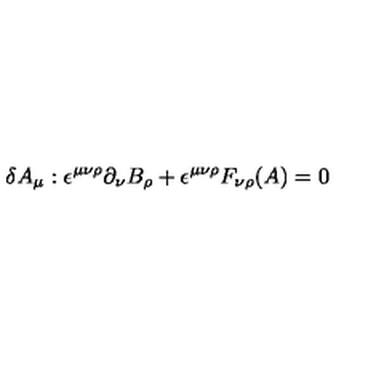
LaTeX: \delta A _ { \mu } : \epsilon ^ { \mu \nu \rho } \partial _ { \nu } B _ { \rho } + \epsilon ^ { \mu \nu \rho } F _ { \nu \rho } ( A ) = 0